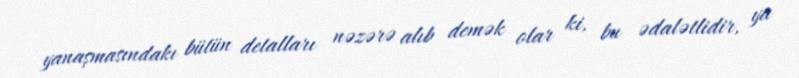
yanaşmasındakı bütün detalları nəzərə alıb demək olar ki, bu ədalətlidir, ya